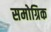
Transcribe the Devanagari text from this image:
समोग्रिक